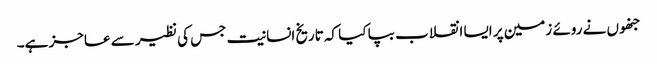
جنھوں نے روئے زمین پر ایسا انقلاب بپا کیا کہ تاریخ انسانیت جس کی نظیر سے عاجز ہے۔